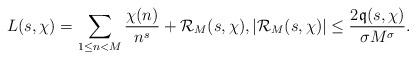
LaTeX: \begin{align*}L(s,\chi) = \sum_{1\le n<M} \frac{\chi(n)}{n^s} + \mathcal{R}_M(s,\chi),|\mathcal{R}_M(s,\chi)| \le \frac{2\mathfrak{q}(s,\chi)}{\sigma M^{\sigma}}.\end{align*}